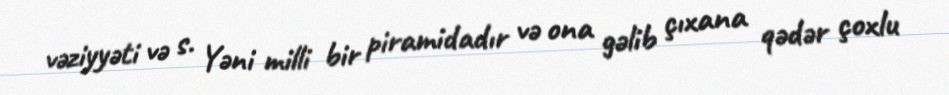
vəziyyəti və s. Yəni milli bir piramidadır və ona gəlib çıxana qədər çoxlu